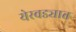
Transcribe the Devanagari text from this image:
येरवड्यात